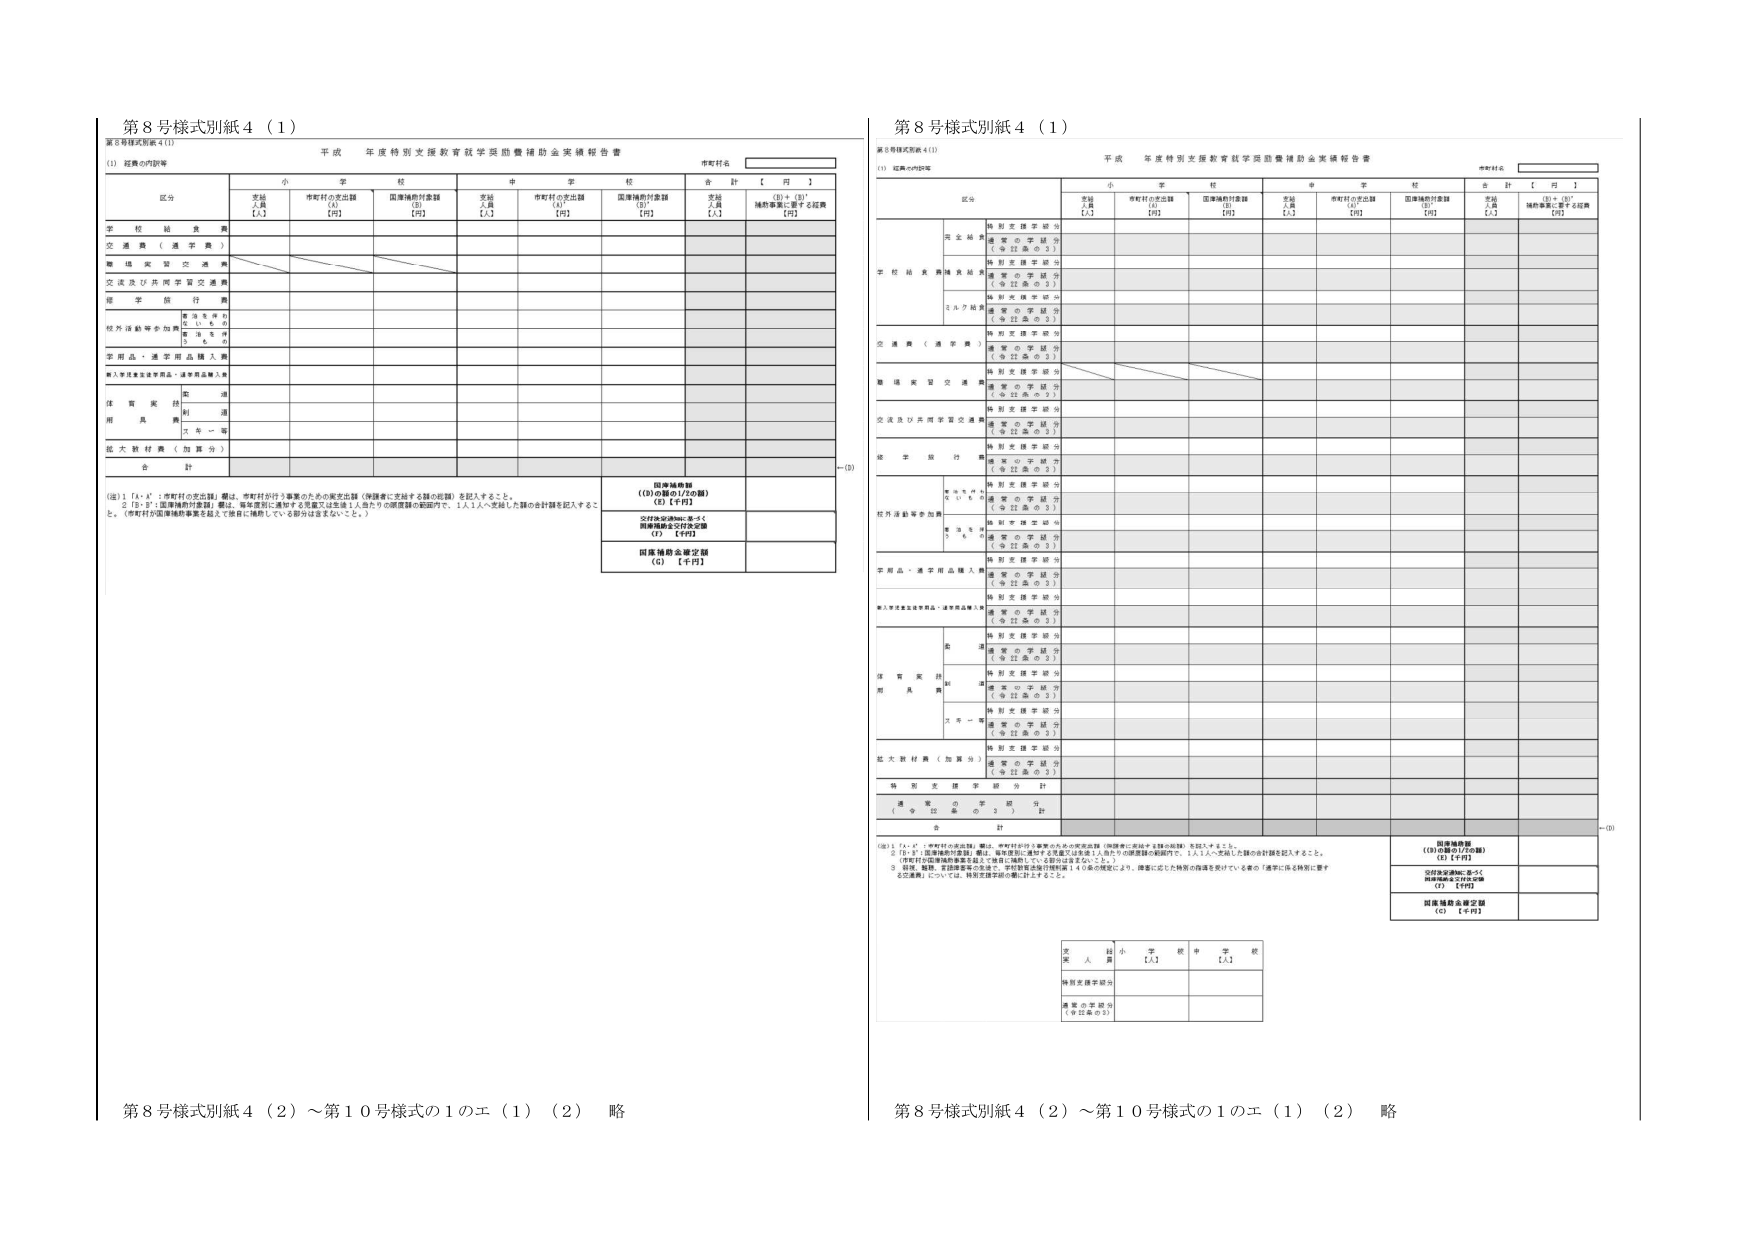
第８号様式別紙４（１）
第８号様式別紙４（１）

平成 年度特別支援教育就学奨励費補助金実績報告書
平成 年度特別支援教育就学奨励費補助金実績報告書

（１）延長の内容等
（１）延長の内容等

市町村名
市町村名

区分
小学校
中学校
合計【円】

支援人員【人】
市町村の支出額【円】
国庫補助対象額【円】
支援人員【人】
市町村の支出額【円】
国庫補助対象額【円】
支援人員【人】
（①＋③）補助事業に要する経費【円】

学校給食費
交通費（通学費）
職場実習交通費
交流及び共同学習交通費
修学旅行費
校外活動等参加費
学用品・通学用品購入費
個人衛生衛生等用品・通学用品購入費
体育実技用具費
拡大教材費（加算分）
合計

（注）１．「人」・「市町村の支出額」欄は、市町村が行う事業のための要支給額（申請者に支給する額の総額）を記入すること。
　　２．「円」・「国庫補助対象額」欄は、補助事業に要する経費又は生徒１人当たりの経費額の範囲内で、１人１人へ支給した額の合計額を記入すること。
　　（市町村が国庫補助事業を越えて独自に補助している部分は含まないこと。）

国庫補助額
（⑩の額の1/2の額）
（Ｅ）【千円】

交付決定通知に基づく
国庫補助金交付決定額
（Ｆ）【千円】

国庫補助金確定額
（Ｇ）【千円】

区分
小学校
中学校
合計【円】

支援人員【人】
市町村の支出額【円】
国庫補助対象額【円】
支援人員【人】
市町村の支出額【円】
国庫補助対象額【円】
支援人員【人】
（①＋③）補助事業に要する経費【円】

学校給食費
交通費（通学費）
職場実習交通費
交流及び共同学習交通費
修学旅行費
校外活動等参加費
学用品・通学用品購入費
個人衛生衛生等用品・通学用品購入費
体育実技用具費
拡大教材費（加算分）
合計

（注）１．「人」・「市町村の支出額」欄は、市町村が行う事業のための要支給額（申請者に支給する額の総額）を記入すること。
　　２．「円」・「国庫補助対象額」欄は、補助事業に要する経費又は生徒１人当たりの経費額の範囲内で、１人１人へ支給した額の合計額を記入すること。
　　（市町村が国庫補助事業を越えて独自に補助している部分は含まないこと。）
　　３．就学、職場、学習指導等の支援で、学校教育法施行規則第１４０条の規定により、障害に応じた特別の指導を受けてい る者の「通学に係る特別に要す る交通費」については、特別支援学級の欄に計上すること。

国庫補助額
（⑩の額の1/2の額）
（Ｅ）【千円】

交付決定通知に基づく
国庫補助金交付決定額
（Ｆ）【千円】

国庫補助金確定額
（Ｇ）【千円】

支援人員
小学校【人】
中学校【人】

特別支援学級分
通常の学級分（※対象の３）

第８号様式別紙４（２）～第１０号様式の１のエ（１）（２） 略
第８号様式別紙４（２）～第１０号様式の１のエ（１）（２） 略